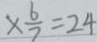
\times \frac { 6 } { 7 } = 2 4